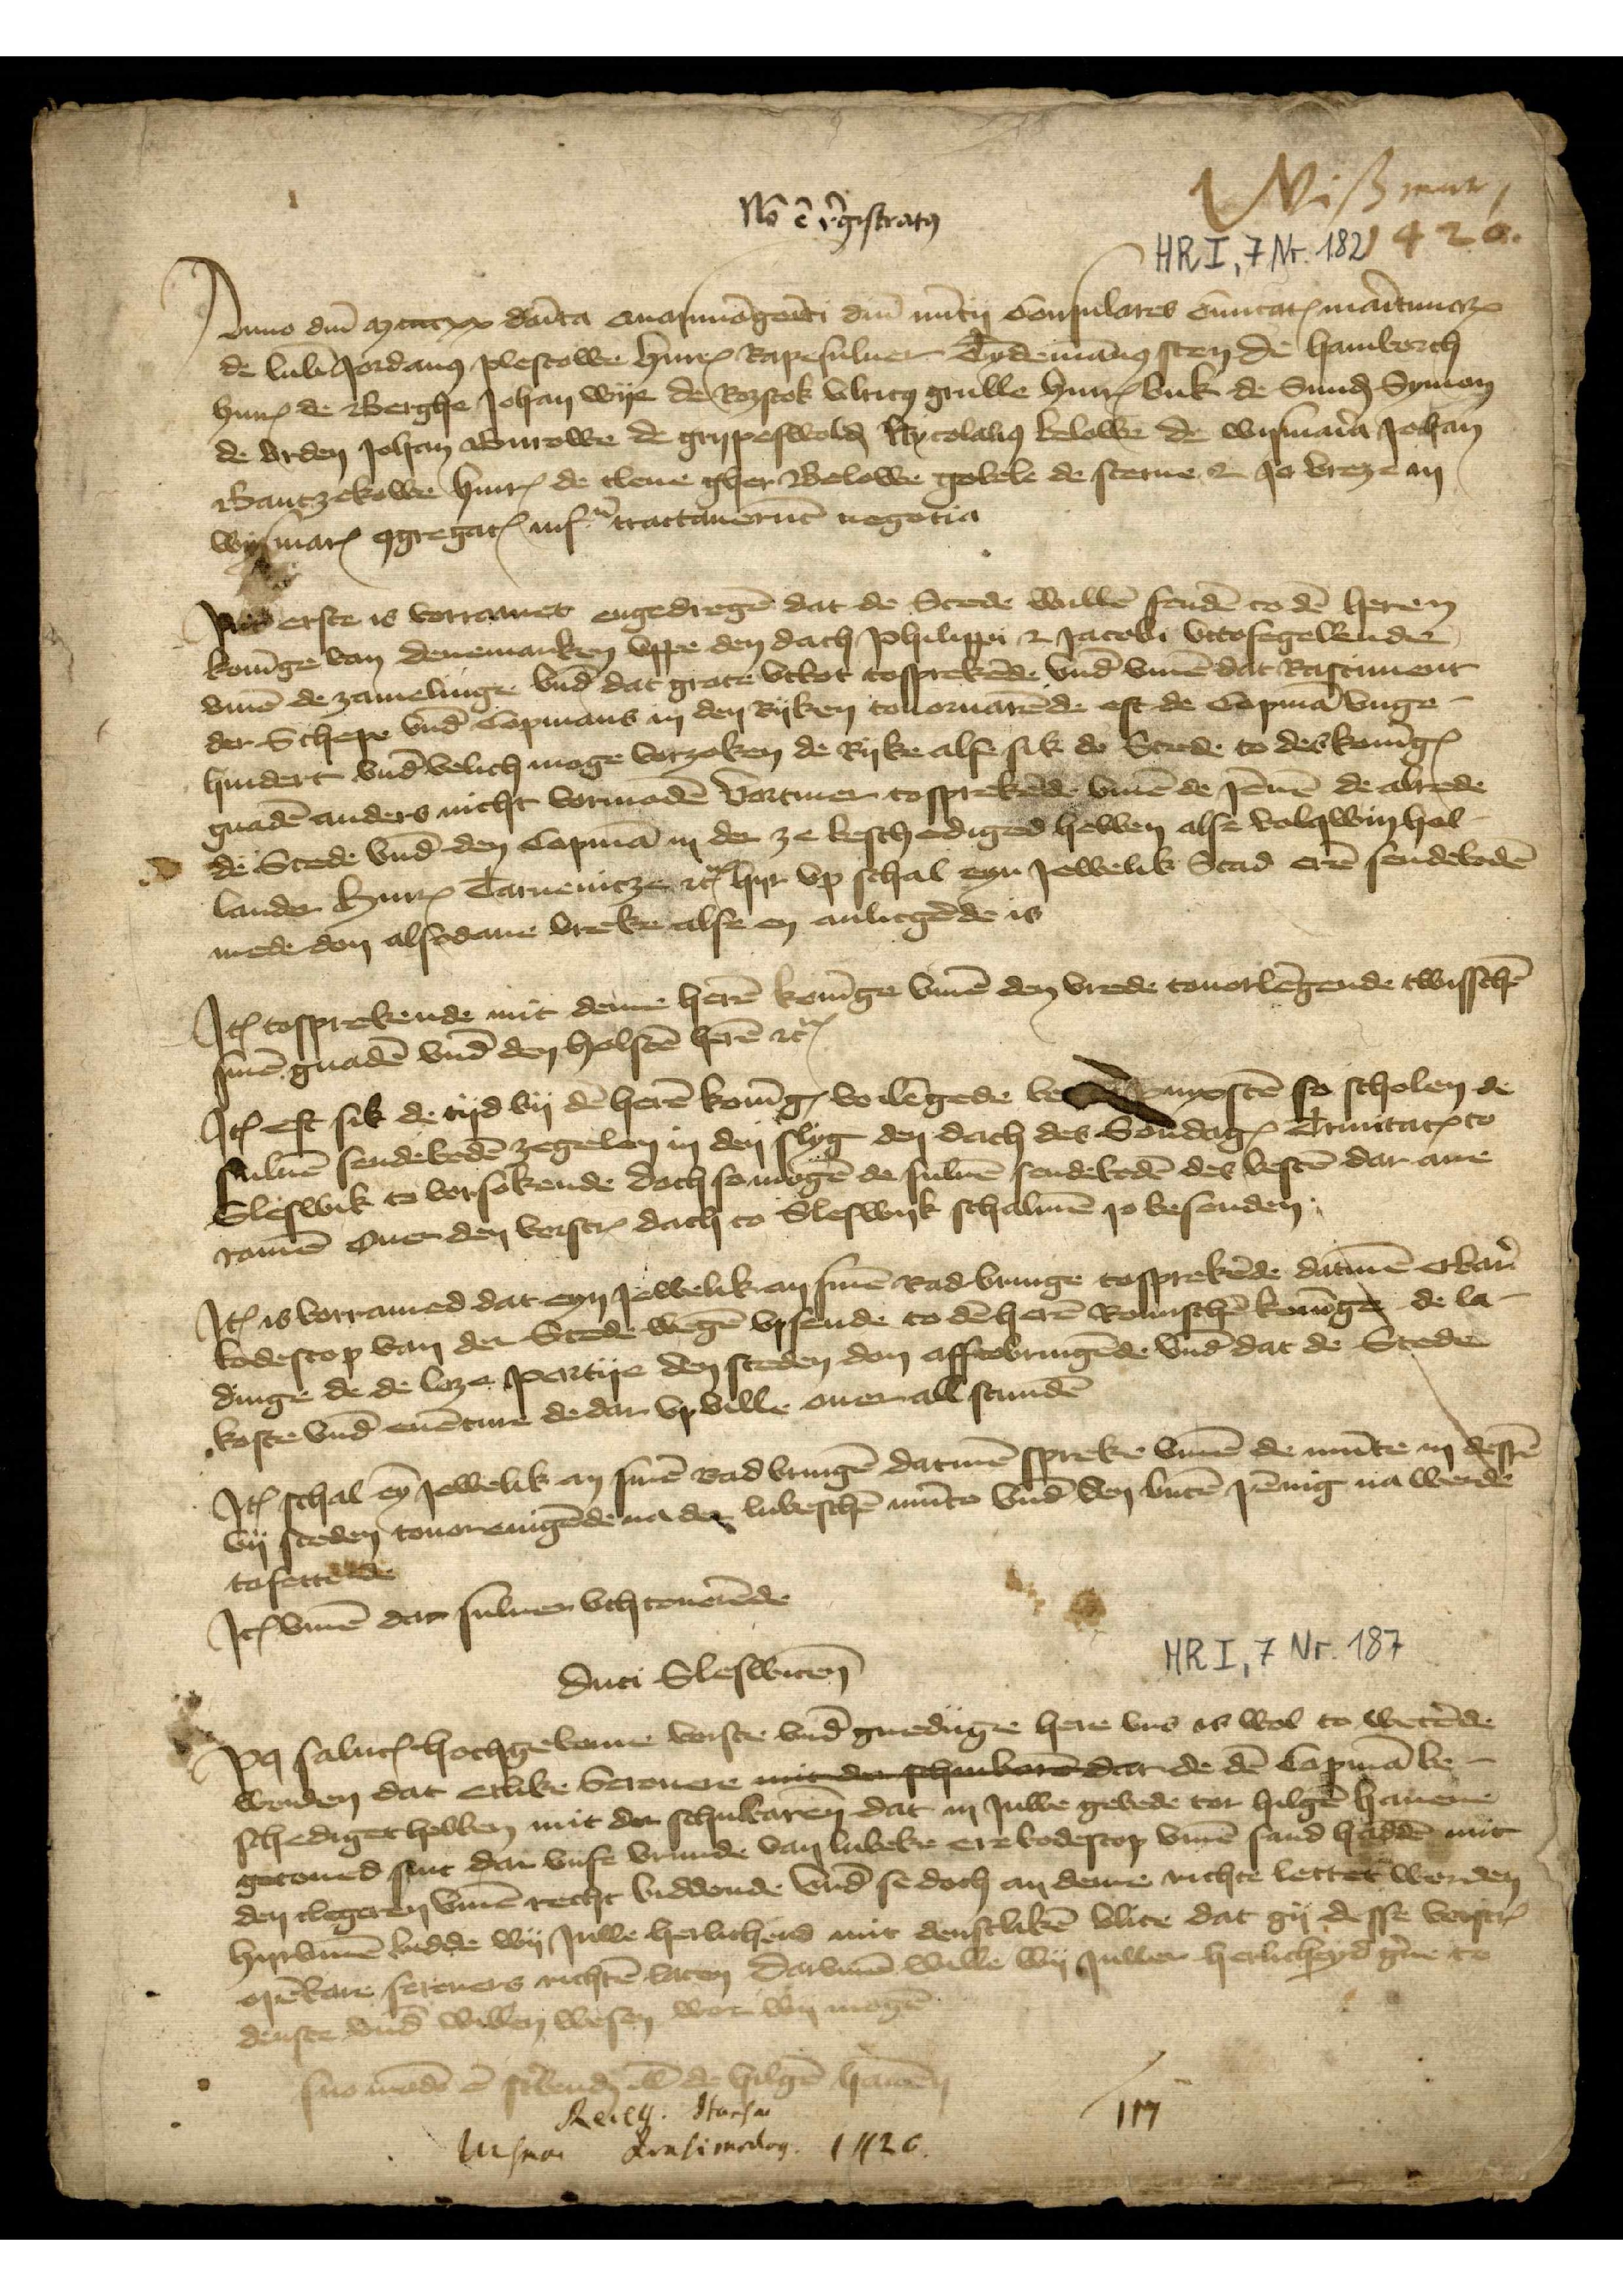
ij
Nō ē r̉gestrato̧

Wismer
1420

Anno dm̄ mccccxx doīca quasimō gēiti dm̄ nūtii Consulares CiuitatꝬ maỉtimarꝬ
de Lub̄ Jordano̧ plestole HinrꝬ Rapesuluer Tydemān Steen de Hamborch
HinrꝬ de Berghe Johan Wye de Roztok Vlrico̧ Grulle HinrꝬ Buk de Sunḑ Symon
de Vrden Johan Burowe de Grypeswolḑ Nycolalio̧ Belowe de Wismaỉa Johan
Bantzekowe HinrꝬ de Clene Gher Belowe Gobele de Steme et Jo Vreze in
WismarꝬ o̧gegregatꝬ infn̄ tractauerūt negotia

Jnt erste is vorramet engedregē dat de Stede willē sendē to dē heren
konīge van Denemarken vppe den dach Philipii et Jacobi vttosegelende
vmme de zamelinge vnd dat grote vtbot tosprekēde vnd vmme dat Rostiment
der Schepe vnd Copmans in den Ryken touoruarēde eft de Copmā vnge¬
hindert vnd̄ velich moge vorzaken de Ryke alse sik de Stede to des konīgꝬ
gnadē anders nicht vormodē Vortmer tosprekēde v̄me de jēnē de alrede
de Stede vnd̄ den Copmā in der zee beschediged hebben alse Volqwin Hol¬
lander HinrꝬ Tarnenicze etꝬ hyr vp schal eyn Jewelik Stad erē sendebodē
mede don alsodane breke, alse en anlicgēde is

Jꝷ tosprekende mit dem herē Konīge v̄me den vrede touorlēgende twisschē
sinē gnadē vnd̄ den Holstē herē etꝬ

Jꝷ eft sik de tyd by de herē konīgꝬ vorlēgede be to to pinxtē so scholen de
willē sendebodē zegelen in den slyg den dach des SondagꝬ TrinitatꝬ to
Sleswik to vorsokende doch so mogē de suluē sendebodē des bestē dar ane
ramē ouer den vorscrꝬ dach to Sleswik schalmē so besenden

Jꝷ is vorramed dat eyn Jewelik an sinē Rad bringe tosprekēde datmē erbar̉
bodescop van der Stede wegē vpsende to dē herē Romischē konīge de la¬
dinge de de loze partye den steden don afftobringēde vnd dat de Stede
koste vnd̄ euēture de dar ville ouer all stundē

Jꝷ schal eȳ Jewelik an sinē Rad bringē datmē spreke v̄me de mūte in dessē
vij steden touorenigēde na der lubesschē mūte vnd̄ den butē pēnig na werde
tosettēde
Jꝷ v̄me dar suluer vthtourēde

duci Sleswicen̄
Po̧ saluꝷ hochgeborne wise vnd̄ gnedige here vns is wol to wetēde
worden dat etlike Screuere machvare dede de dē Copmā be¬
schediget hebben mit der schularen dat in Juwe gebede tor hilgē hauene
geramed sint dar vnse vrunde van Lubeke ere bodescop v̄me sand haddē mit
den clegeren v̄me recht biddende vnde se doch an deme richte lettet worden
hyrv̄me bidde wy Juwe herlichend mit denstlikē vlite dat gy desse vorscrꝬ
opēbare screuers nichtē laten, Darv̄me wille wy Juwer herlicheyd g̉ne to
dentse vnd willen wesen wor wy mogē

suo mā dẻ slande vā de hilgē hauēn

Recess Hansa
114
Wismar Quasimodo 1427